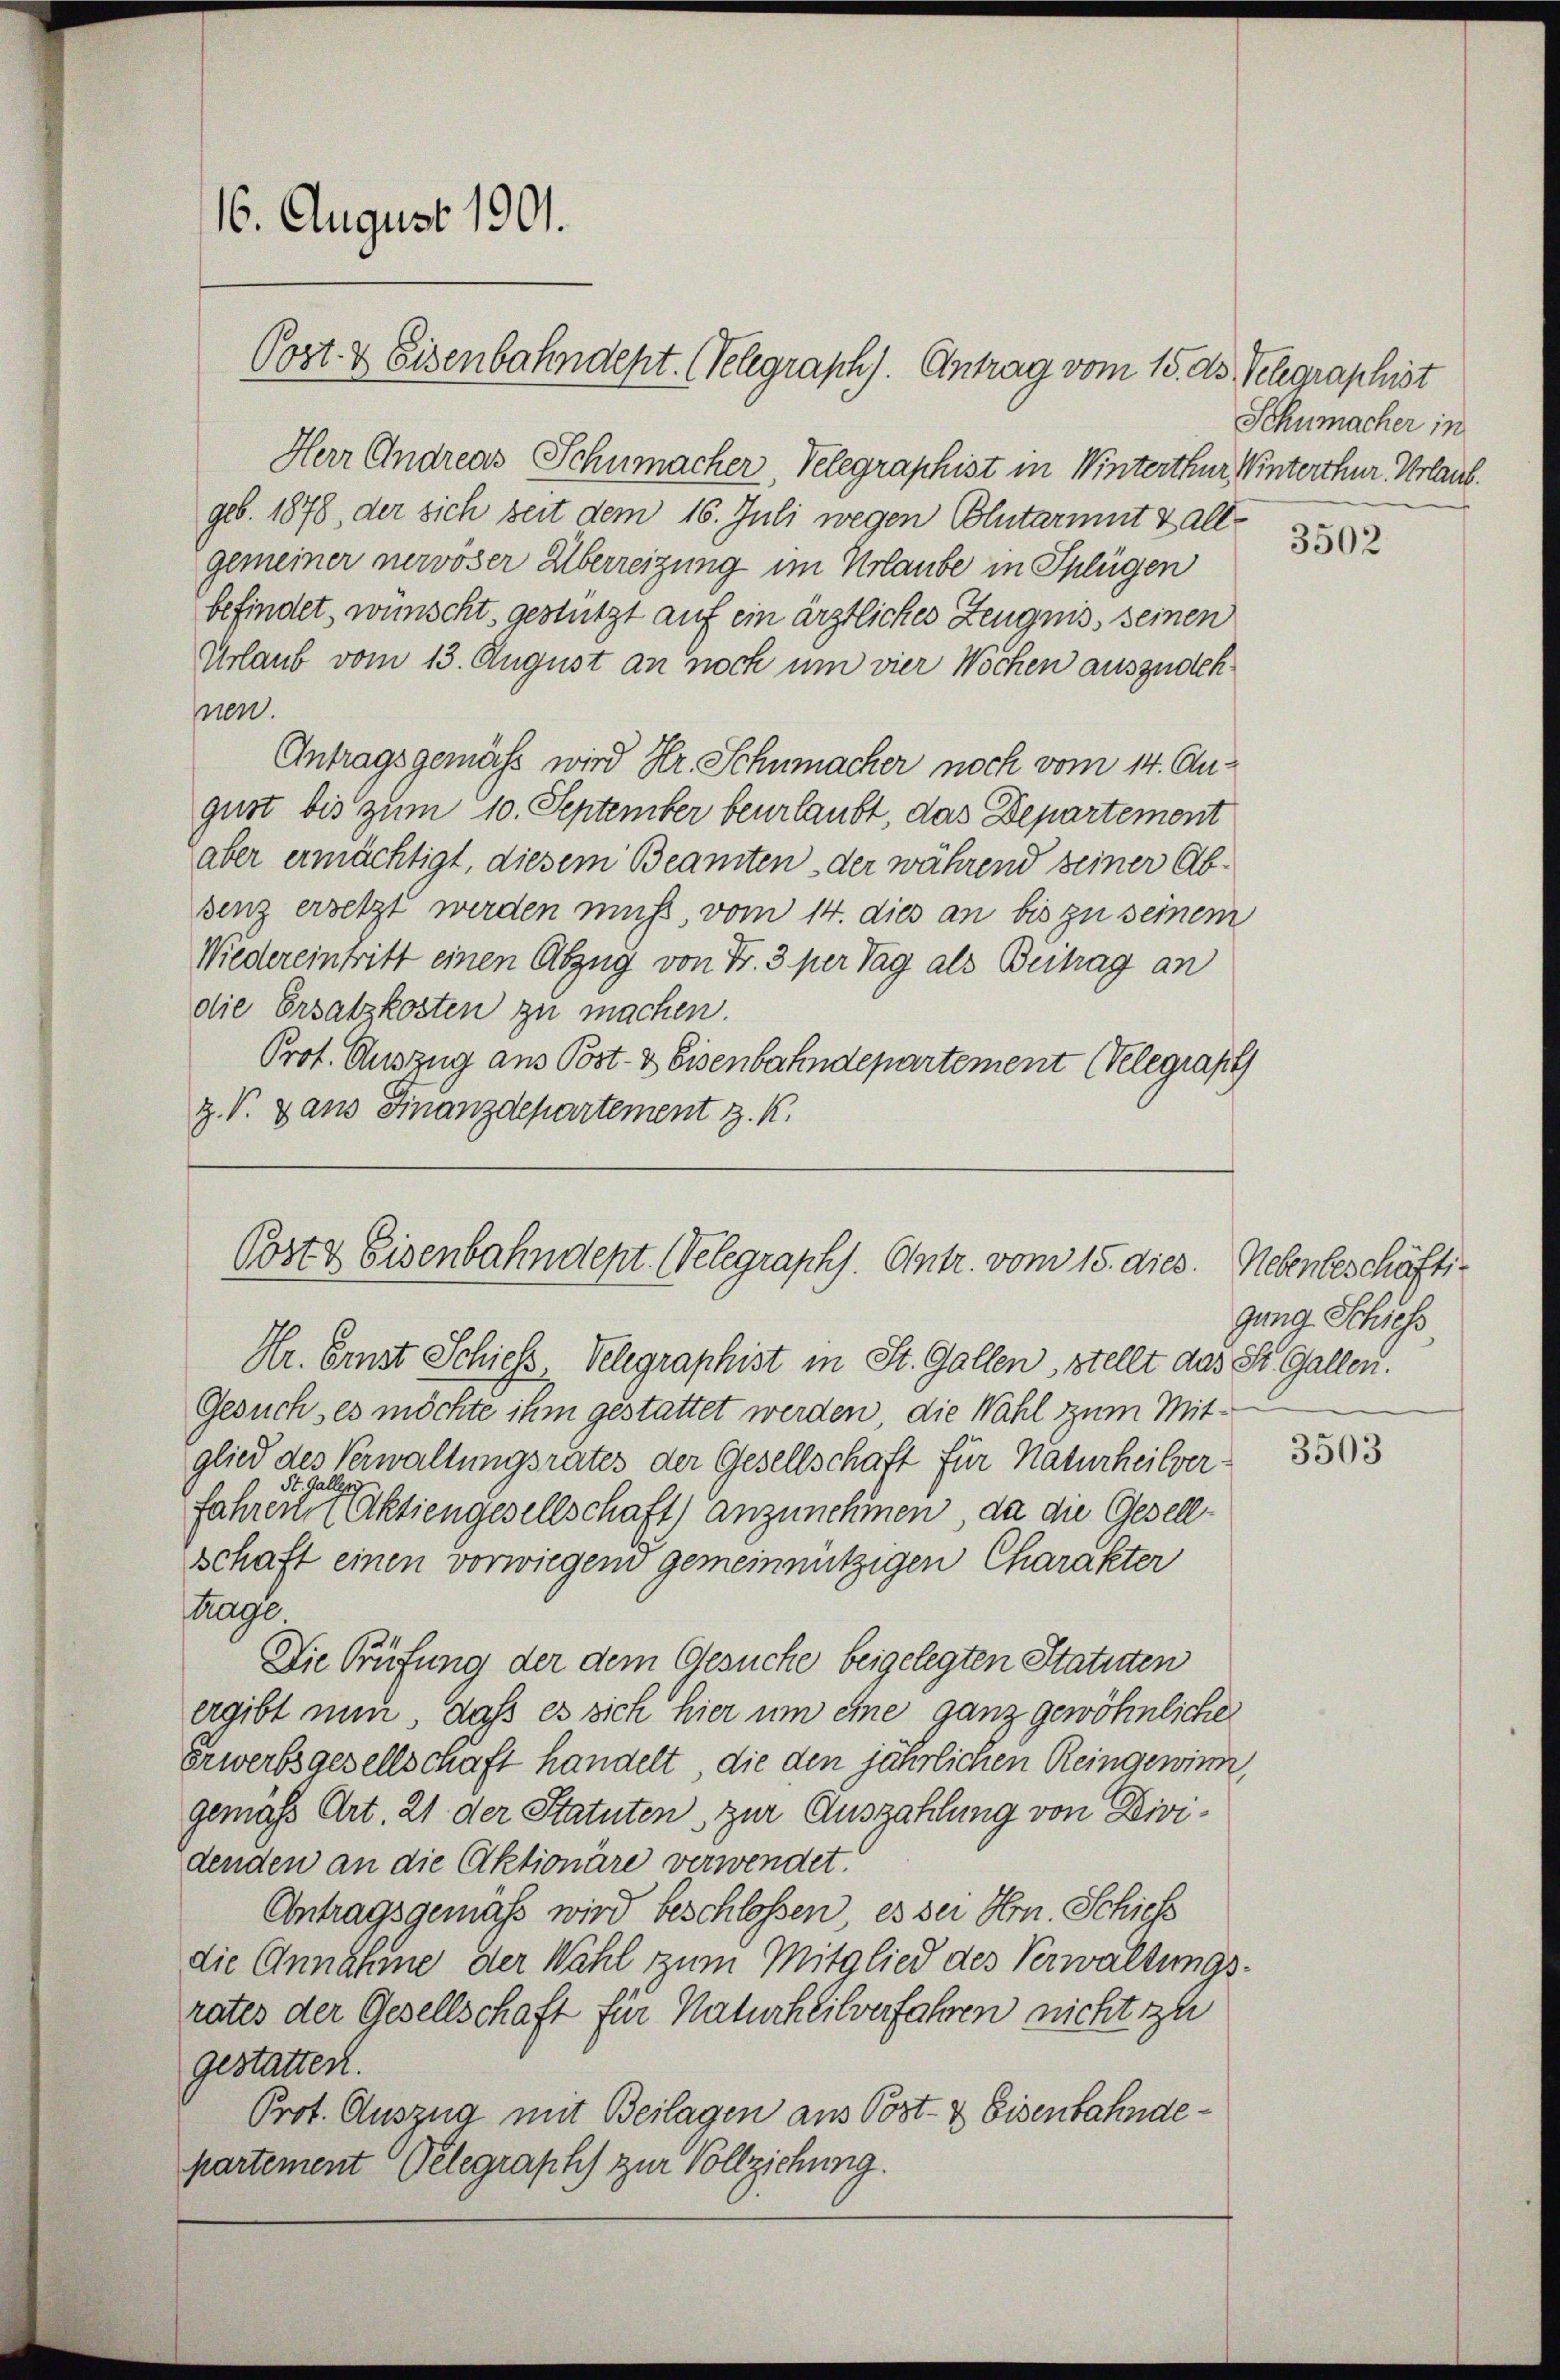
Herr Andreas Schumacher, Telegraphist in Winterthur Winterthur Urlaub.
geb. 1878, der sich seit dem 16. Juli wegen Blutarinnt zallgemeiner nervöser Überreizung im Urlaube in Splügen
befindet, wünscht, gestützt auf ein ärztliches Zeugnis, seinen
Urlaub vom 13. August an noch um vier Wochen auszudehmen.
Antragsgemäss wird Hr. Schumacher noch vom 14. August bis zum 10. September beurlaubt, das Departement
aber ermächtigt, diesem Beamten der während seiner Absenz ersetzt werden muss, vom 14. dies an bis zu seinem
Niedereintritt einen Abzug von Fr. 3 per Tag als Beitrag an
die Ersatzkosten zu machen.
Prot. Auszug aus Post- & Eisenbahndepartement elegraph
z. V. Dans Finanzdepartement z. K.

16. August 1901.
Post & Eisenbahndept. (Telegraph). Antrag vom 15. ds. Telegraphist

Post & Eisenbahndept. (Velegraphs. Antr. vom 15. dies.

Schumacher in

Ur. Ernst Schiess, Velegraphist in St. Gallen, stellt das St. Gallen.
Gesuch, es möchte ihm gestattet werden, die Wahl zum Mit-
glied des Verwaltungsrates der Gesellschaft für Naturheilver-
.
fahren in einer Aktiengesellschaft) anzunehmen, da die Gesellschaft einen vorwiegend gemeinnützigen Charakter
trage
Die Prüfung der dem Gesuche beigelegten Statuten
ergibt nun, daß es sich hier um eine ganz gewöhnliche
Erwerbsgesellschaft handelt, die den jährlichen Reingewinn,
gemäß Art. 21 der Statuten zur Auszahlung von Dividenden an die Aktionäre verwendet.
Antragsgemäß wird beschlossen, es der Hrn. Schief
die Annahme der Wahl zum Mitglied des Verwaltungsrates der Gesellschaft für Naturheilverfahren nicht zu
gestatten.
Prot. Auszug mit Beilagen aus Post- & Eisenbahndepartement Pelegraphs zur Vollziehung.

3502

Nebenbeschäftsgung Schiess

3503